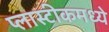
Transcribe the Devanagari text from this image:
प्लास्टीकमध्ये